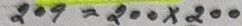
209 = 200 x 200